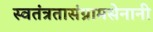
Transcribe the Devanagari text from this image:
स्वतंत्रतासंग्रामसेनानी